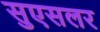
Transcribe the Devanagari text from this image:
सुएसलर